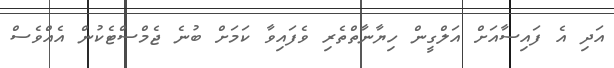
އަދި އެ ފައިސާއަށް އަލްގީން ހިޔާނާތްތެރި ވެފައިވާ ކަމަށް ބުނެ ޖެމްސްޓެކުން އެއްވެސް